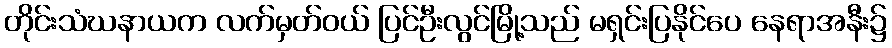
တိုင်းသံဃနာယက လက်မှတ်ဝယ် ပြင်ဦးလွင်မြို့သည် မရှင်းပြနိုင်ပေ နေရာအနီး၌